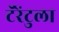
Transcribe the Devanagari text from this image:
टॅरेंटुला